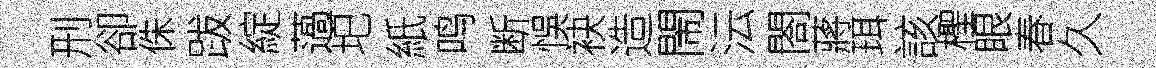
刑卻侏跋綻薖圯紙鸣断悞袂造閙沄閤蔣珥該檉眼春久